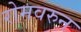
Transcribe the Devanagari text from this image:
रोमवरुन